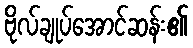
ဗိုလ်ချုပ်အောင်ဆန်း၏